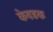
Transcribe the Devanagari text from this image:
केवडक